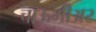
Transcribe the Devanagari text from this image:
चाऊमीअर